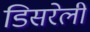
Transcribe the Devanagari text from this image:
डिसरेली